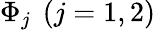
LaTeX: \Phi_{j}~\left(j=1,2\right)